Annual report of the Imperial Bacteriologist
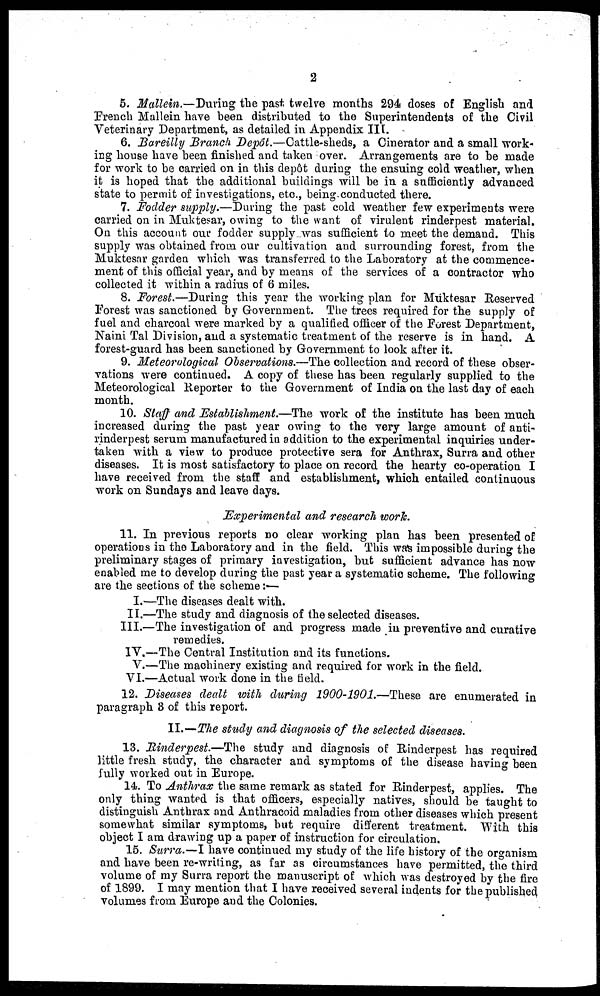
2
5. Mallein.—During the past twelve months 294 doses of English and
French Mallein have been distributed to the Superintendents of the Civil
Veterinary Department, as detailed in Appendix III.
6. Bareilly Branch Depôt.—Cattle-sheds, a Cinerator and a small work-
ing house have been finished and taken over. Arrangements are to be made
for work to be carried on in this depôt during the ensuing cold weather, when
it is hoped that the additional buildings will be in a sufficiently advanced
state to permit of investigations, etc., being conducted there.
7. Fodder supply.—During the past cold weather few experiments were
carried on in Muktesar, owing to the want of virulent rinderpest material.
On this account our fodder supply was sufficient to meet the demand. This
supply was obtained from our cultivation and surrounding forest, from the
Muktesar garden which was transferred to the Laboratory at the commence-
ment of this official year, and by means of the services of a contractor who
collected it within a radius of 6 miles.
8. Forest.—During this year the working plan for Muktesar Reserved
Forest was sanctioned by Government. The trees required for the supply of
fuel and charcoal were marked by a qualified officer of the Forest Department,
Naini Tal Division, and a systematic treatment of the reserve is in hand. A
forest-guard has been sanctioned by Government to look after it.
9. Meteorological Observations.—The collection and record of these obser-
vations were continued. A copy of these has been regularly supplied to the
Meteorological Reporter to the Government of India on the last day of each
month.
10. Staff and Establishment.—The work of the institute has been much
increased during the past year owing to the very large amount of anti-
rinderpest serum manufactured in addition to the experimental inquiries under-
taken with a view to produce protective sera for Anthrax, Surra and other
diseases. It is most satisfactory to place on record the hearty co-operation I
have received from the staff and establishment, which entailed continuous
work on Sundays and leave days.
Experimental and research work.
11. In previous reports no clear working plan has been presented of
operations in the Laboratory and in the field. This was impossible during the
preliminary stages of primary investigation, but sufficient advance has now
enabled me to develop during the past year a systematic scheme. The following
are the sections of the scheme :—
I.—The diseases dealt with.
II.—The study and diagnosis of the selected diseases.
III.—The investigation of and progress made in preventive and curative
remedies.
IV.—The Central Institution and its functions.
V.—The machinery existing and required for work in the field.
VI.—Actual work done in the field.
12. Diseases dealt with during 1900-1901.—These are enumerated in
paragraph 3 of this report.
II.—The study and diagnosis of the selected diseases.
13. Rinderpest.—The study and diagnosis of Rinderpest has required
little fresh study, the character and symptoms of the disease having been
fully worked out in Europe.
14. To Anthrax the same remark as stated for Rinderpest, applies. The
only thing wanted is that officers, especially natives, should be taught to
distinguish Anthrax and Anthracoid maladies from other diseases which present
somewhat similar symptoms, but require different treatment. With this
object I am drawing up a paper of instruction for circulation.
15. Surra.—I have continued my study of the life history of the organism
and have been re-writing, as far as circumstances have permitted, the third
volume of my Surra report the manuscript of which was destroyed by the fire
of 1899. I may mention that I have received several indents for the published
volumes from Europe and the Colonies.